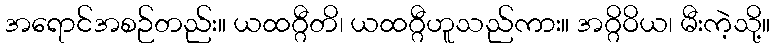
အရောင်အစဉ်တည်း။ ယထဂ္ဂီတိ၊ ယထဂ္ဂီဟူသည်ကား။ အဂ္ဂိဝိယ၊ မီးကဲ့သို့။